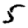
Digit: 5